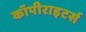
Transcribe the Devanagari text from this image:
कॉपीराइटर्स